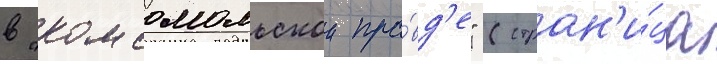
в "комсомольскои пра́вд'е" (стран'и́ца